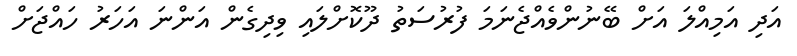
އަދި އަމިއްލަ އަށް ބޭނުންވެއްޖެނަމަ ފުރުސަތު ދޫކޮށްލައި ވިދިގެން އަންނަ އަަހަރު ހައްޖަށް